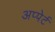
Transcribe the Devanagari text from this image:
अप्पेर्ट